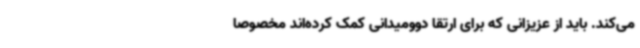
می‌کند. باید از عزیزانی که برای ارتقا دوومیدانی کمک کرده‌اند مخصوصا